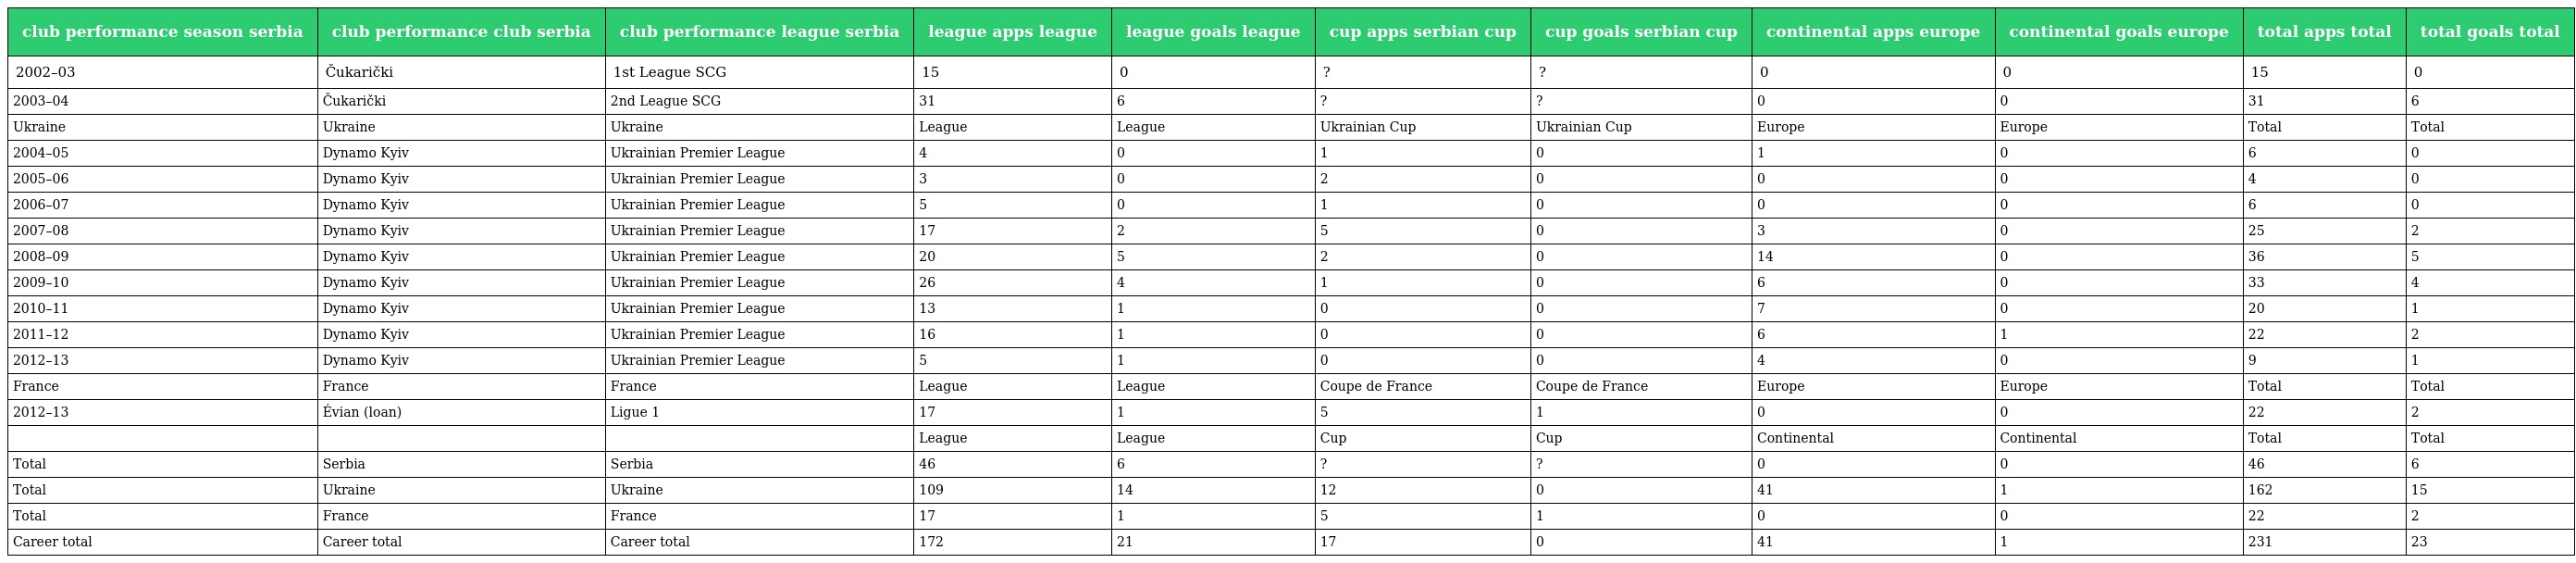
| club performance season serbia | club performance club serbia | club performance league serbia | league apps league | league goals league | cup apps serbian cup | cup goals serbian cup | continental apps europe | continental goals europe | total apps total | total goals total |
 | --- | --- | --- | --- | --- | --- | --- | --- | --- | --- | --- |
 | 2002–03 | Čukarički | 1st League SCG | 15 | 0 | ? | ? | 0 | 0 | 15 | 0 |
 | 2003–04 | Čukarički | 2nd League SCG | 31 | 6 | ? | ? | 0 | 0 | 31 | 6 |
 | Ukraine | Ukraine | Ukraine | League | League | Ukrainian Cup | Ukrainian Cup | Europe | Europe | Total | Total |
 | 2004–05 | Dynamo Kyiv | Ukrainian Premier League | 4 | 0 | 1 | 0 | 1 | 0 | 6 | 0 |
 | 2005–06 | Dynamo Kyiv | Ukrainian Premier League | 3 | 0 | 2 | 0 | 0 | 0 | 4 | 0 |
 | 2006–07 | Dynamo Kyiv | Ukrainian Premier League | 5 | 0 | 1 | 0 | 0 | 0 | 6 | 0 |
 | 2007–08 | Dynamo Kyiv | Ukrainian Premier League | 17 | 2 | 5 | 0 | 3 | 0 | 25 | 2 |
 | 2008–09 | Dynamo Kyiv | Ukrainian Premier League | 20 | 5 | 2 | 0 | 14 | 0 | 36 | 5 |
 | 2009–10 | Dynamo Kyiv | Ukrainian Premier League | 26 | 4 | 1 | 0 | 6 | 0 | 33 | 4 |
 | 2010–11 | Dynamo Kyiv | Ukrainian Premier League | 13 | 1 | 0 | 0 | 7 | 0 | 20 | 1 |
 | 2011–12 | Dynamo Kyiv | Ukrainian Premier League | 16 | 1 | 0 | 0 | 6 | 1 | 22 | 2 |
 | 2012–13 | Dynamo Kyiv | Ukrainian Premier League | 5 | 1 | 0 | 0 | 4 | 0 | 9 | 1 |
 | France | France | France | League | League | Coupe de France | Coupe de France | Europe | Europe | Total | Total |
 | 2012–13 | Évian (loan) | Ligue 1 | 17 | 1 | 5 | 1 | 0 | 0 | 22 | 2 |
 |  |  |  | League | League | Cup | Cup | Continental | Continental | Total | Total |
 | Total | Serbia | Serbia | 46 | 6 | ? | ? | 0 | 0 | 46 | 6 |
 | Total | Ukraine | Ukraine | 109 | 14 | 12 | 0 | 41 | 1 | 162 | 15 |
 | Total | France | France | 17 | 1 | 5 | 1 | 0 | 0 | 22 | 2 |
 | Career total | Career total | Career total | 172 | 21 | 17 | 0 | 41 | 1 | 231 | 23 |